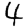
Digit: 4